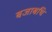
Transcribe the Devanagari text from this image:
बजाबथि